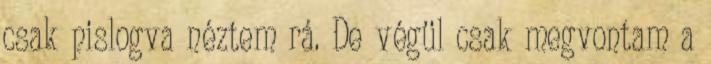
csak pislogva néztem rá. De végül csak megvontam a